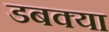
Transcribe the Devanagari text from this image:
डबक्या